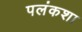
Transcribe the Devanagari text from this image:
पलंकशा